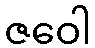
ဇဝေါ